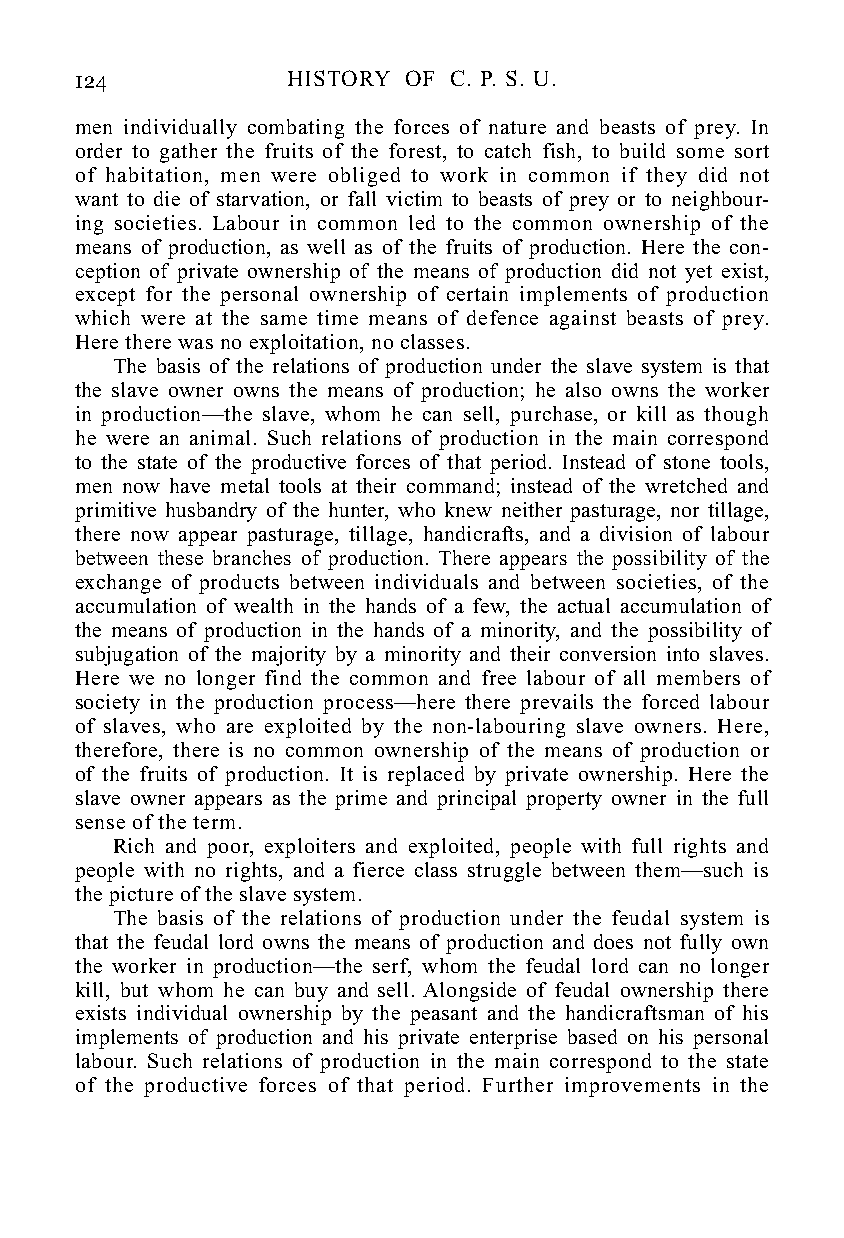
124           HISTORY OF C. P. S. U.
 men individually combating the forces of nature and beasts of prey. In
 order to gather the fruits of the forest, to catch fish, to build some sort
 of habitation, men were obliged to work in common if they did not
 want to die of starvation, or fall victim to beasts of prey or to neighbour-
 ing societies. Labour in common led to the common ownership of the
 means of production, as well as of the fruits of production. Here the con-
 ception of private ownership of the means of production did not yet exist,
 except for the personal ownership of certain implements of production
 which were at the same time means of defence against beasts of prey.
 Here there was no exploitation, no classes.
 The basis of the relations of production under the slave system is that
 the slave owner owns the means of production; he also owns the worker
 in production—the slave, whom he can sell, purchase, or kill as though
 he were an animal. Such relations of production in the main correspond
 to the state of the productive forces of that period. Instead of stone tools,
 men now have metal tools at their command; instead of the wretched and
 primitive husbandry of the hunter, who knew neither pasturage, nor tillage,
 there now appear pasturage, tillage, handicrafts, and a division of labour
 between these branches of production. There appears the possibility of the
 exchange of products between individuals and between societies, of the
 accumulation of wealth in the hands of a few, the actual accumulation of
 the means of production in the hands of a minority, and the possibility of
 subjugation of the majority by a minority and their conversion into slaves.
 Here we no longer find the common and free labour of all members of
 society in the production process—here there prevails the forced labour
 of slaves, who are exploited by the non-labouring slave owners. Here,
 therefore, there is no common ownership of the means of production or
 of the fruits of production. It is replaced by private ownership. Here the
 slave owner appears as the prime and principal property owner in the full
 sense of the term.
 Rich and poor, exploiters and exploited, people with full rights and
 people with no rights, and a fierce class struggle between them—such is
 the picture of the slave system.
 The basis of the relations of production under the feudal system is
 that the feudal lord owns the means of production and does not fully own
 the worker in production—the serf, whom the feudal lord can no longer
 kill, but whom he can buy and sell. Alongside of feudal ownership there
 exists individual ownership by the peasant and the handicraftsman of his
 implements of production and his private enterprise based on his personal
 labour. Such relations of production in the main correspond to the state
 of the productive forces of that period. Further improvements in the